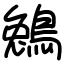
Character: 鵵